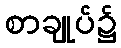
စာချုပ်၌